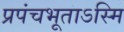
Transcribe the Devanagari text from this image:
प्रपंचभूताऽस्मि